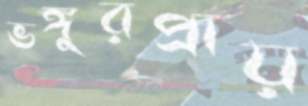
ভঙ্গুরপ্রায়